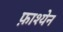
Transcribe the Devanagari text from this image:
फ़ाश्येन